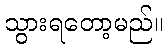
သွားရတော့မည်။